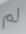
لم